system: You are a helpful assistant.
user:
Analyze the provided spectrum to determine if it is a **"Cataclysmic Variables (CV)"**.

- **Key Indicators for CV (Check for either state):**
    - **State 1: Quiescent / Low-State (Emission-Dominated)**
        - **(Primary):** Strong and *very broad* Hydrogen Balmer emission lines (e.g., $H\alpha$ at 6563 Å, $H\beta$ at 4861 Å). The 'broadness' (high velocity dispersion, often FWHM > 1000 km/s) is the key diagnostic, indicating a high-velocity accretion disk.
        - **(Secondary):** Broad neutral Helium (He I) emission lines (e.g., 5876 Å, 6678 Å).
        - **(Key Confirmation):** Presence of high-excitation *ionized* Helium (He II) emission at 4686 Å. This is a strong indicator of accretion onto a white dwarf.
        - **(Line Profile):** Emission lines may exhibit a 'double-peaked' profile, which is a classic signature of a rotating accretion disk viewed at high inclination.

    - **State 2: Outburst / High-State (Absorption-Dominated)**
        - **(Primary):** Spectrum is dominated by a bright, blue continuum (looks like a hot star).
        - **(Secondary):** The emission lines from State 1 are weak, absent, or 'filled in', and are replaced by broad, shallow *absorption* lines (primarily Balmer and He I).
        - **(Morphology):** The overall spectrum mimics a hot B/A-type star. The crucial difference is that the absorption lines are significantly broader, shallower, and more 'washed-out' (or 'smeared') than the sharp lines of a normal stellar photosphere, due to high rotational speeds and pressure broadening in the disk.

Think first, call **spectral_visualization_tool** if needed to examine features in detail, then provide your final answer. Your response must adhere to the following strict rules:
1.  **Overall Structure:** Your response must follow the format `<think>...</think> <tool_call>...</tool_call> (if a tool is used) <answer>...</answer>`.
2.  **Tool Usage Constraint:** You may only make **one** tool call per turn.
3.  **Final Answer Format:** In the `<answer>` tag, your conclusion must be inside a `\boxed{}` command (e.g., `\boxed{YES}`), followed by your justification.

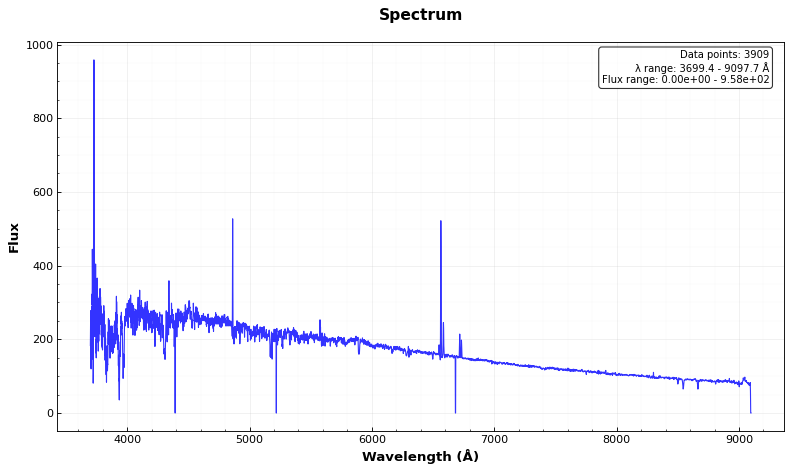
Answer: NO